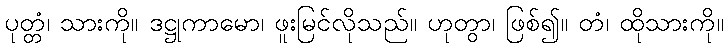
ပုတ္တံ၊ သားကို။ ဒဋ္ဌုကာမော၊ ဖူးမြင်လိုသည်။ ဟုတွာ၊ ဖြစ်၍။ တံ၊ ထိုသားကို။